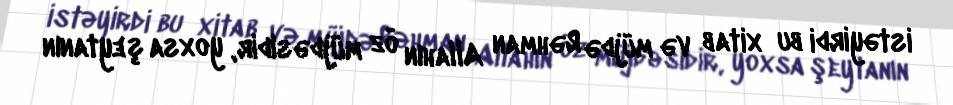
istəyirdi bu xitab və müjdə Rəhman Allahın öz müjdəsidir, yoxsa şeytanın